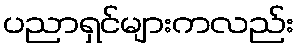
ပညာရှင်များကလည်း